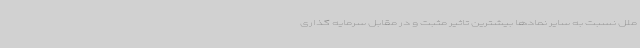
ملل نسبت به سایر نمادها بیشترین تاثیر مثبت و در مقابل سرمایه گذاری